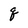
Character: q